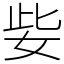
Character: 姕